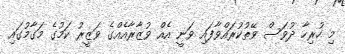
މި ހުރިހާ ދުވަސް ވޭތުކުރައްވާފައި ވަނީ އެއް ވުޒާރާއެއްގެ ވަޒީރު ކަމުގެ މަގާމުގައި